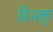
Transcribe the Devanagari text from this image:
विभक्त्